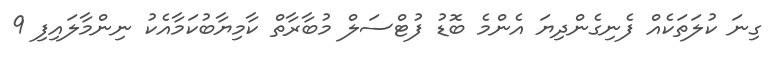
ގިނަ ކުލަތަކެއް ފެނިގެންދިޔަ އެންމެ ބޮޑު ފުޓްސަލް މުބާރާތް ކާމިޔާބުކަމާއެކު ނިންމާލައިފި 9